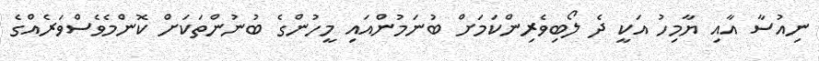
ނިއުސާ އާއި ޔާމިހު އަކީ ދެ ލޯބިވެރިންކަމަށް ބުނަމުންއައި މީހުންގެ ބުނުންތަކަށް ކޮންމެވެސްވަރެއްގެ